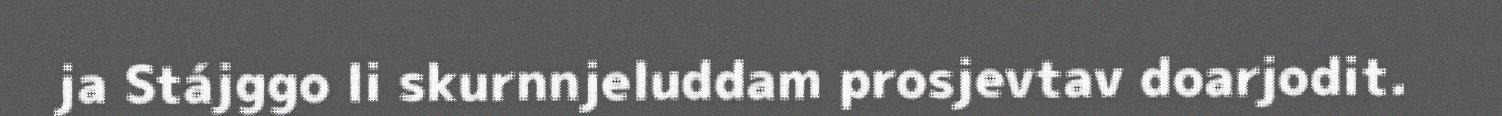
ja Stájggo li skurnnjeluddam prosjevtav doarjodit.